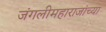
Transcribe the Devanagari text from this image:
जंगलीमहाराजांच्या